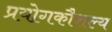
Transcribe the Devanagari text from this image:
प्रयोगकौशल्य